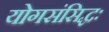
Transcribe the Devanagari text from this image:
योगसंसिद्धः